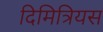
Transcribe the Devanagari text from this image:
दिमित्रियस